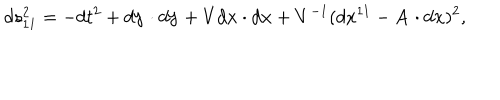
LaTeX: d s _ { 1 1 } ^ { 2 } = - d t ^ { 2 } + d { \bf y } \cdot d { \bf y } + V d { \bf x } \cdot d { \bf x } + V ^ { - 1 } ( d x ^ { 1 1 } - { \bf A } \cdot d { \bf x } ) ^ { 2 } ,